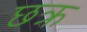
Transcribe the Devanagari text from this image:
छक्र